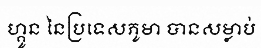
ហ្គូន នៃប្រទេសភូមា បានសម្លាប់